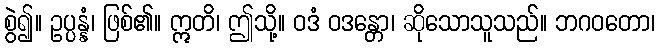
စွဲ၍။ ဥပ္ပန္နံ၊ ဖြစ်၏။ ဣတိ၊ ဤသို့။ ဝဒံ ဝဒန္တော၊ ဆိုသောသူသည်။ ဘဂဝတော၊